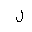
Letter: _lam